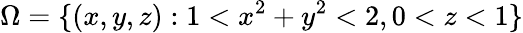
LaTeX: \Omega=\{ (x,y,z):1<x^{2}+y^{2}<2,0<z<1\}